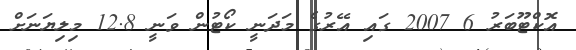
އޮކްޓޫބަރު 6 2007 ގައި އޭރުގެ މަދަނީ ކޯޓުން ވަނީ 12.8 މިލިޔަނަށް